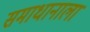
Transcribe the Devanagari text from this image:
समाधानाला